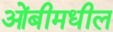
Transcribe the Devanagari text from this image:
ओंबीमधील